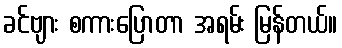
ခင်ဗျား စကားပြောတာ အရမ်း မြန်တယ်။